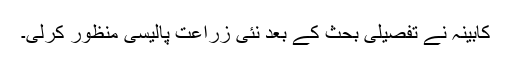
کابینہ نے تفصیلی بحث کے بعد نئی زراعت پالیسی منظور کرلی۔